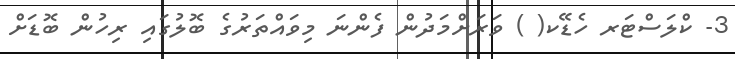
3- ކްލަސްޓަރ ހެޑޭކ( ) ވަރަށްމަދުން ފެންނަ މިވައްތަރުގެ ބޮލުގައި ރިހުން ބޮޑަށް